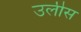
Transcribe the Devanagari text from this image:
उलीस